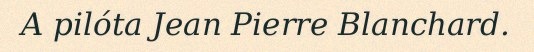
A pilóta Jean Pierre Blanchard.